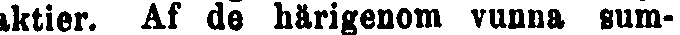
aktier. Af de härigenom vunna sum-